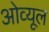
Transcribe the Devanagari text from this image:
ओव्यूल